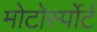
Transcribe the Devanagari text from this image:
मोटोर्स्पोर्ट